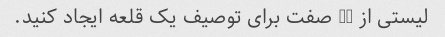
لیستی از 10 صفت برای توصیف یک قلعه ایجاد کنید.